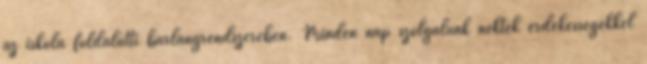
az iskola földalatti barlangrendszerében. Minden nap szolgálunk nektek érdekességekkel